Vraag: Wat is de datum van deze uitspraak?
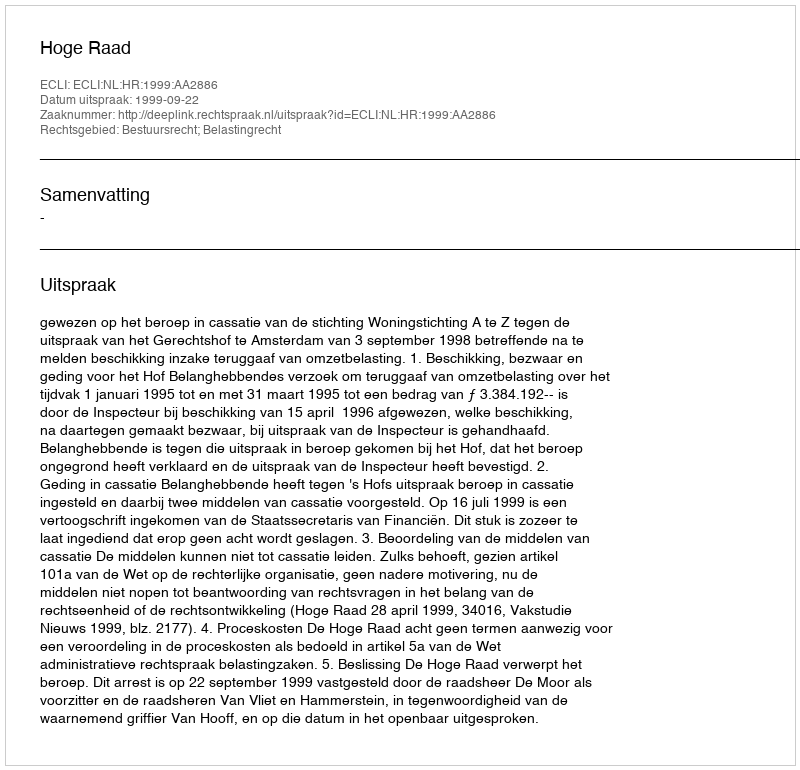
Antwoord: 1999-09-22